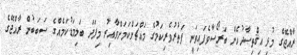
ރާއްޖޭގެ މުޅި އިޤްތިޞާދުހެން ބަރޯސާވެފައިވަނީ ފަތުރުވެރިކަމުގެ މައްޗަށްކަމަށްވާއިރު މިފަދަ ބަލިމަޑުކަމެއްގެ ސަބަބުން ރާއްޖޭގެ